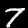
Digit: 7